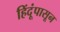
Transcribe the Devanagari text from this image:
हिंदूंपासून